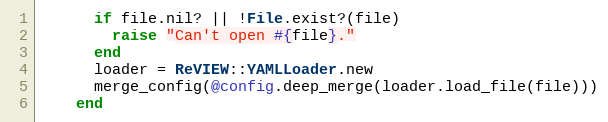
Language: Ruby
      if file.nil? || !File.exist?(file)
        raise "Can't open #{file}."
      end
      loader = ReVIEW::YAMLLoader.new
      merge_config(@config.deep_merge(loader.load_file(file)))
    end